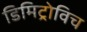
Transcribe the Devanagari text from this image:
डिमिट्रोविच